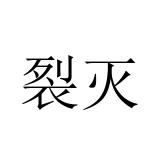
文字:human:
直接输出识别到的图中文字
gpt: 裂灭